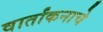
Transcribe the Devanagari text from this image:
वार्तांकनाचे